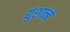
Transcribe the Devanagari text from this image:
द्युशान्बे